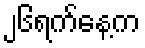
၂၆ရက်နေ့က